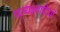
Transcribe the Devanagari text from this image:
प्रत्यक्ष्वादियों